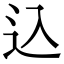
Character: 込